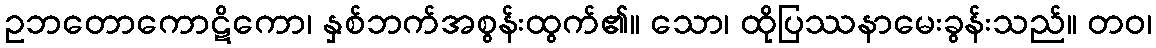
ဥဘတောကောဋိကော၊ နှစ်ဘက်အစွန်းထွက်၏။ သော၊ ထိုပြဿနာမေးခွန်းသည်။ တဝ၊